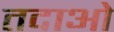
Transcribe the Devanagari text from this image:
तदाओ